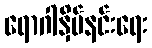
ရောဂါနှိမ်နင်းရေး